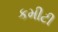
કમીટી